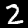
Digit: 2